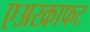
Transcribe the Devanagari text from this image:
एअरक्राफट